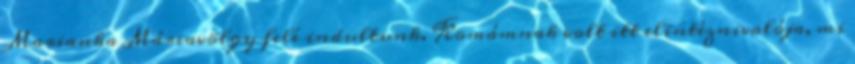
Marianka Máriavölgy felé indultunk. Komámnak volt itt elintéznivalója, mi